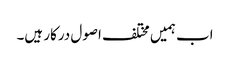
اب ہمیں مختلف اصول درکار ہیں۔